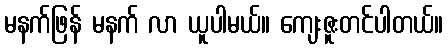
မနက်ဖြန် မနက် လာ ယူပါမယ်။ ကျေးဇူးတင်ပါတယ်။